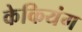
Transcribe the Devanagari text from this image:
केकियंग